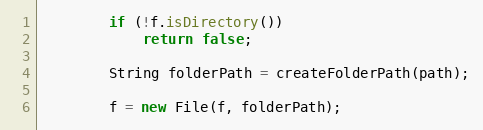
Language: Java
        if (!f.isDirectory())
            return false;

        String folderPath = createFolderPath(path);

        f = new File(f, folderPath);